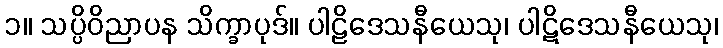
၁။ သပ္ပိဝိညာပန သိက္ခာပုဒ်။ ပါဠိဒေသနီယေသု၊ ပါဋိဒေသနီယေသု၊